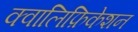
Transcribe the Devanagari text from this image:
क्वालिफ़िकेशन